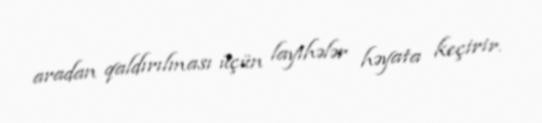
aradan qaldırılması üçün layihələr həyata keçirir.